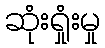
ဆုံးရှုံးမှု